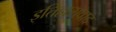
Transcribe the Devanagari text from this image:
इतिहासवाद